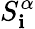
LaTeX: S_{\mathbf{i}}^{\alpha}